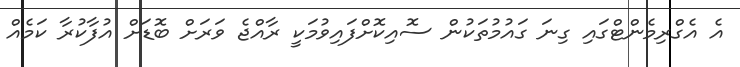
އެ އެގްރިމެންޓްގައި ގިނަ ގައުމުތަކުން ސޮއިކޮށްފައިވުމަކީ ރާއްޖެ ވަރަށް ބޮޑަށް އުފާކުރާ ކަމެއް